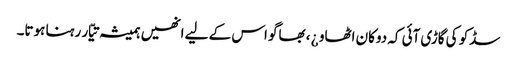
سڈکو کی گاڑی آئی کہ دوکان اٹھاو ¿ ، بھاگو اس کے لیے انھیں ہمیشہ تیّار رہنا ہوتا۔